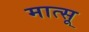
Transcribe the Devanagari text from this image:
मात्सू